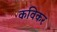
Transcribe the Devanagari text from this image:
कविकर